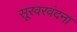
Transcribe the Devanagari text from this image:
सूरवरवंदना